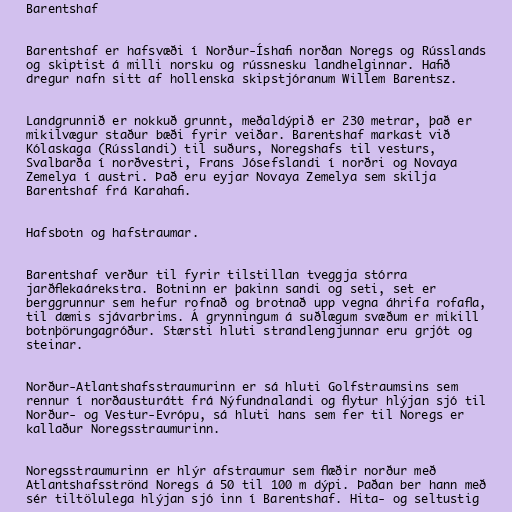
Barentshaf

Barentshaf er hafsvæði í Norður-Íshafi norðan Noregs og Rússlands
og skiptist á milli norsku og rússnesku landhelginnar. Hafið
dregur nafn sitt af hollenska skipstjóranum Willem Barentsz.

Landgrunnið er nokkuð grunnt, meðaldýpið er 230 metrar, það er
mikilvægur staður bæði fyrir veiðar. Barentshaf markast við
Kólaskaga (Rússlandi) til suðurs, Noregshafs til vesturs,
Svalbarða í norðvestri, Frans Jósefslandi í norðri og Novaya
Zemelya í austri. Það eru eyjar Novaya Zemelya sem skilja
Barentshaf frá Karahafi.

Hafsbotn og hafstraumar.

Barentshaf verður til fyrir tilstillan tveggja stórra
jarðflekaárekstra. Botninn er þakinn sandi og seti, set er
berggrunnur sem hefur rofnað og brotnað upp vegna áhrifa rofafla,
til dæmis sjávarbrims. Á grynningum á suðlægum svæðum er mikill
botnþörungagróður. Stærsti hluti strandlengjunnar eru grjót og
steinar.

Norður-Atlantshafsstraumurinn er sá hluti Golfstraumsins sem
rennur í norðausturátt frá Nýfundnalandi og flytur hlýjan sjó til
Norður- og Vestur-Evrópu, sá hluti hans sem fer til Noregs er
kallaður Noregsstraumurinn.

Noregsstraumurinn er hlýr afstraumur sem flæðir norður með
Atlantshafsströnd Noregs á 50 til 100 m dýpi. Þaðan ber hann með
sér tiltölulega hlýjan sjó inn í Barentshaf. Hita- og seltustig